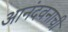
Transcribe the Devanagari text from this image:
आनंदवनाची